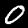
Label: 0